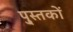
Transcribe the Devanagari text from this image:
पु्स्तकों